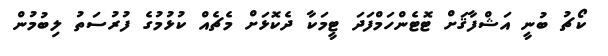
ކޯޗު ބުނީ އަޝްފާޤަށް ޓޮޓެންހަމްފަދަ ޓީމަކާ ދެކޮޅަށް މެޗެއް ކުޅުމުގެ ފުރުސަތު ލިބުމުން